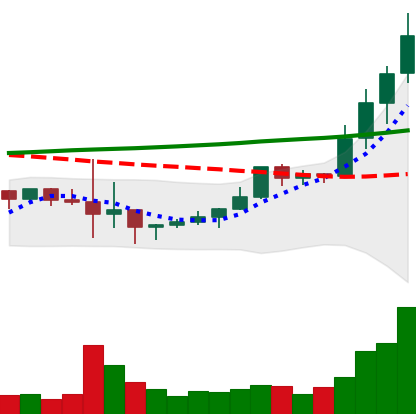
Ticker: LINK-USD
Chart end date: 2019-10-09
Forward return: -9.422%
Label: down_7plus